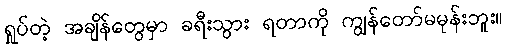
ရှုပ်တဲ့ အချိန်တွေမှာ ခရီးသွား ရတာကို ကျွန်တော်မမုန်းဘူး။